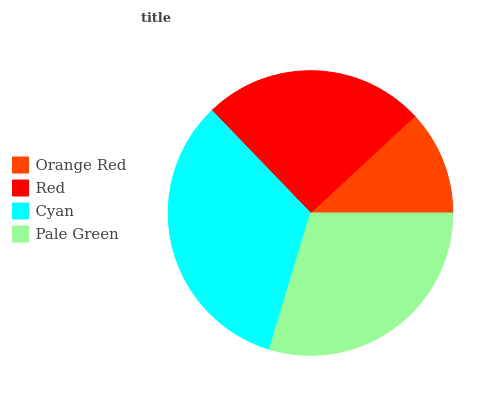
| Orange Red | Red | Cyan | Pale Green |
 | --- | --- | --- | --- |
 | 11.9% | 25.3% | 33.1% | 29.6% |